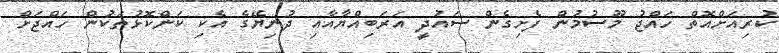
ކުރިއަށްއޮތް ހައްޖު މޫސުމުން ފެށިގެން ސައުދީ އަރަބިއްޔާއާއި ދުނިޔޭގެ އެކި ކަންކޮޅުތަކުން ހައްޖަށް